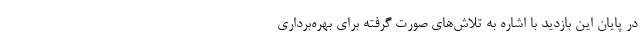
در پایان این بازدید با اشاره به تلاش‌های صورت گرفته برای بهره‌برداری